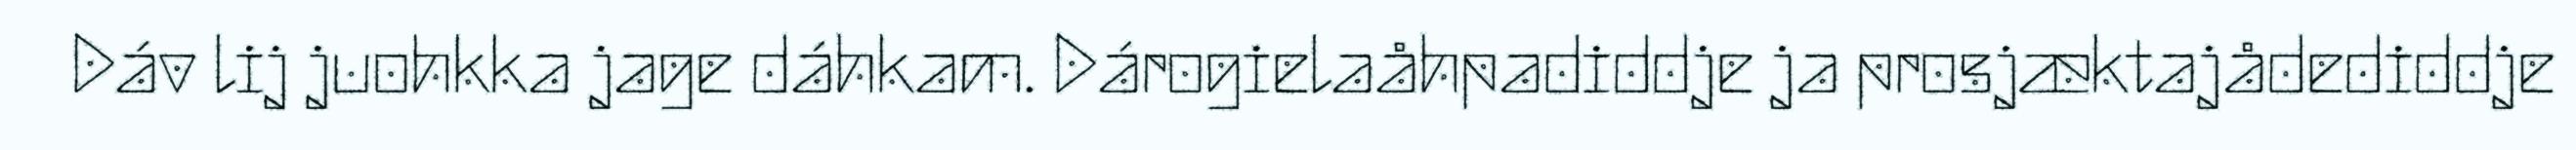
Dáv lij juohkka jage dáhkam. Dárogielaåhpadiddje ja prosjæktajådediddje